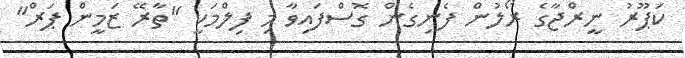
ކަޕޫރު ނީރްޖާގެ ރޯލުން ފެނިގެން ގޮސްފައިވާ މި ފިލްމަކީ "ތާރޭ ޒަމީން ޕަރް"